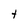
Character: t